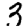
Digit: 3